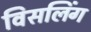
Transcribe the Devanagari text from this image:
विसलिंग